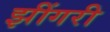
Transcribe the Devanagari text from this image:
झींगरी